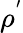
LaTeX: \rho^{'}